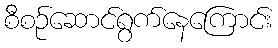
စီစဉ်ဆောင်ရွက်နေကြောင်း